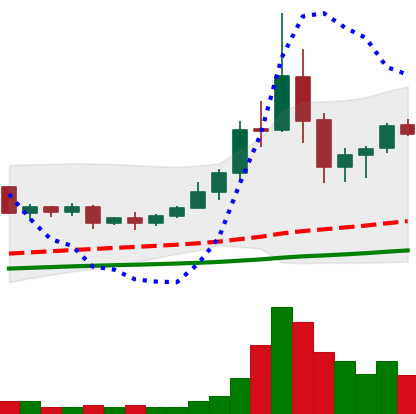
Ticker: TRX-USD
Chart end date: 2020-09-09
Forward return: -10.501%
Label: down_7plus